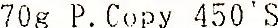
70G P. COPY 450'S